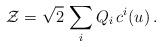
LaTeX: \begin{align*} {\cal Z}=\sqrt{2}\, \sum_i Q_i\, c^i(u)\,.\end{align*}